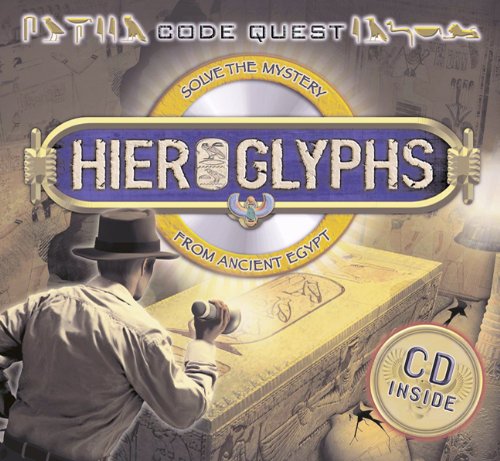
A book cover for CodeQuest: Hieroglyphs: Solve the Mystery from Ancient Egypt; Sean Callery; Children's Books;